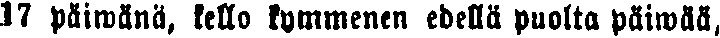
I? päiwänä, kello kymmenen edellä puolta päiwää,